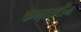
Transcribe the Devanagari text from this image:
फेनासतेंन